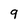
Character: 9